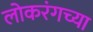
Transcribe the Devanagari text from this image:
लोकरंगच्या